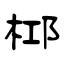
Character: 桏